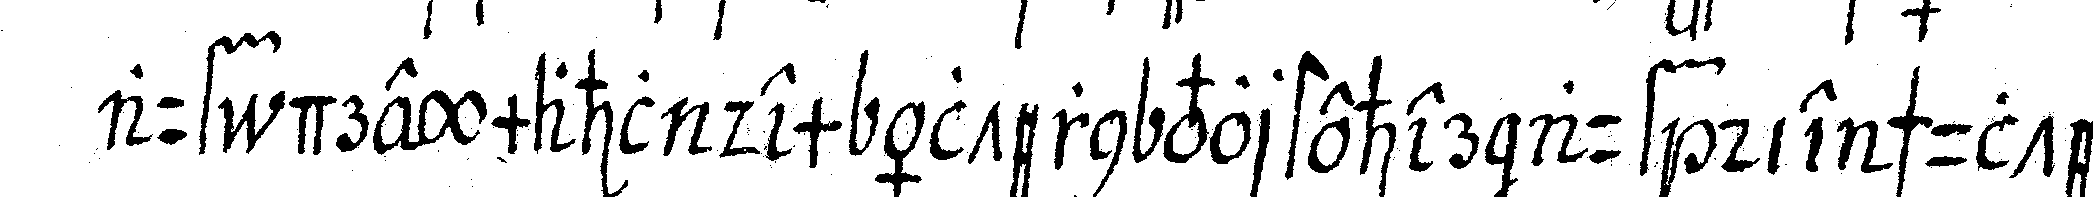
auf dreymahl dem ältern vorsteher auf die schulter